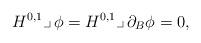
LaTeX: \begin{align*} H^{0,1}\lrcorner\,\phi = H^{0,1}\lrcorner\,\partial_B\phi =0,\end{align*}